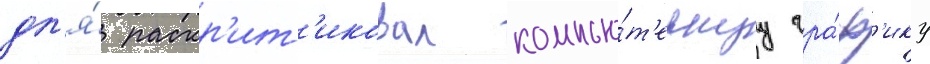
дл'я́ раскр'ит'иковал компью́т'ернуу гра́ф'ику